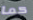
كما